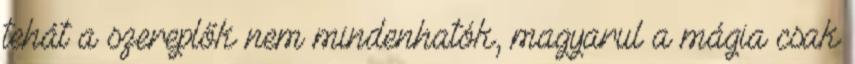
tehát a szereplők nem mindenhatók, magyarul a mágia csak